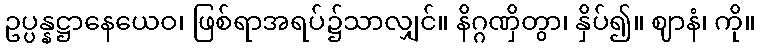
ဥပ္ပန္နဋ္ဌာနေယေဝ၊ ဖြစ်ရာအရပ်၌သာလျှင်။ နိဂ္ဂဏှိတွာ၊ နှိပ်၍။ ဈာနံ၊ ကို။